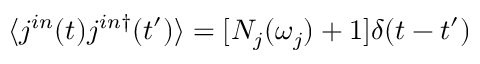
\langle j ^ { i n } ( t ) j ^ { i n \dagger } ( t ^ { \prime } ) \rangle = [ N _ { j } ( \omega _ { j } ) + 1 ] \delta ( t - t ^ { \prime } )